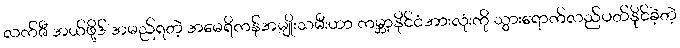
လက်ဇီ အယ်ဖို့ဒ် အမည်ရတဲ့ အမေရိကန်အမျိုးသမီးဟာ ကမ္ဘာ့နိုင်ငံအားလုံးကို သွားရောက်လည်ပတ်နိုင်ခဲ့တဲ့